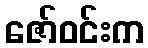
ဇော်ဝင်းက